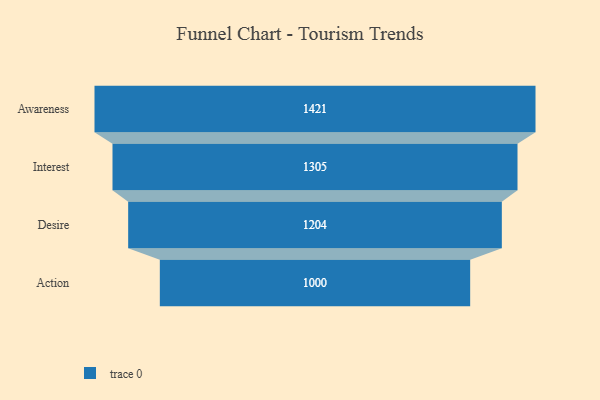
{"axis": {"x": "Stage", "y": "Value"}, "legend": [""], "data": [{"x": "Awareness", "y": 1421.0, "type": ""}, {"x": "Interest", "y": 1305.0, "type": ""}, {"x": "Desire", "y": 1204.0, "type": ""}, {"x": "Action", "y": 1000.0, "type": ""}]}